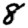
Digit: 8